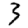
Digit: 3